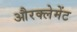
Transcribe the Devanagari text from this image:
औरक्लेमेंट